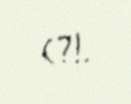
(?!.